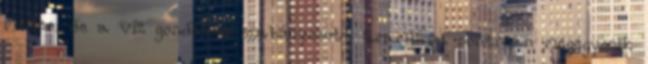
méter, de a víz gondosan szabályozott áramlása pontosan megegyezik